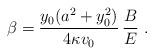
\begin{align*}\beta = {y_0 (a^2 +y_0^2) \over 4 \kappa v_0} \, {B \over E} \, \,.\end{align*}